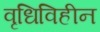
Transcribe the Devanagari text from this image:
वृधिविहीन